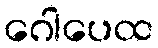
ဂေါပေထ